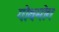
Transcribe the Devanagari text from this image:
गोथमोग